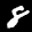
Label: 8